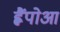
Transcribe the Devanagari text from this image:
ह्वैंपोआ